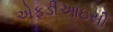
એફડીઆઇસી